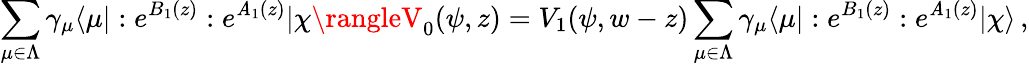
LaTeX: \sum_{\mu\in\Lambda}\gamma_{\mu}\langle\mu|:e^{B_{1}(z)}:e^{\mathit{A}_{1}(z)}|\chi\rangleV_{0}(\psi,z)=V_{1}(\psi,w-z)\sum_{\mu\in\Lambda}\gamma_{\mu}\langle\mu|:e^{B_{1}(z)}:e^{\mathit{A}_{1}(z)}|\chi\rangle\, ,